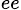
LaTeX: _{ee}